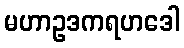
မဟာဥဒကရဟဒေါ